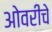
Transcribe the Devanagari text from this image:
ओवरीचे